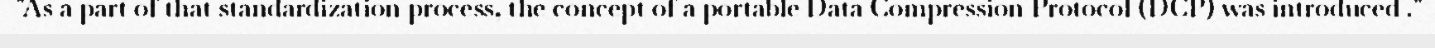
"As a part of that standardization process, the concept of a portable Data Compression Protocol (DCP) was introduced ."